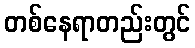
တစ်နေရာတည်းတွင်